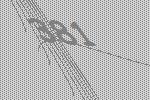
381